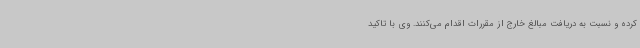
کرده و نسبت به دریافت مبالغ خارج از مقررات اقدام می‌کنند. وی با تاکید